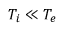
T _ { i } \ll T _ { e }